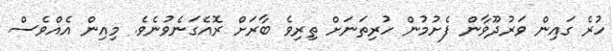
ހުރެ ގައިން ވަރުދޫވާން ފެށުމުން ހުރިތަނަށް ތިރިވެ ބާރަށް ރޮއެގަނެވުނެވެ. މިއިން އެއްވެސް